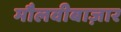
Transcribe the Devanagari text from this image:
मौलवीबाज़ार